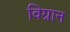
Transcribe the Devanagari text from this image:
विग्नान